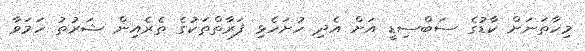
މިހާތަނަށް ކާޑުގެ ސަބްސިޑީ އަށް އެދި ހުށަހެޅި ފަރާތްތަކުގެ ތެރެއިން ޝަރުތު ހަމަވާ